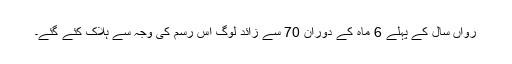
رواں سال کے پہلے 6 ماہ کے دوران 70 سے زائد لوگ اس رسم کی وجہ سے ہلاک کئے گئے۔